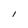
Character: l